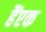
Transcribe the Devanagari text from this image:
हैंएक